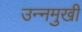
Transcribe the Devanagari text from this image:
उन्‍नमुखी